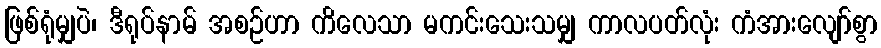
ဖြစ်ရုံမျှပဲ၊ ဒီရုပ်နာမ် အစဉ်ဟာ ကိလေသာ မကင်းသေးသမျှ ကာလပတ်လုံး ကံအားလျော်စွာ